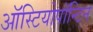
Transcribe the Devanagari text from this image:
ऑस्टियोपॉन्टिन